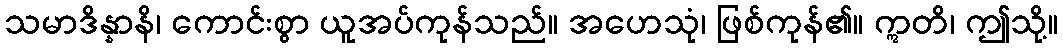
သမာဒိန္နာနိ၊ ကောင်းစွာ ယူအပ်ကုန်သည်။ အဟေသုံ၊ ဖြစ်ကုန်၏။ ဣတိ၊ ဤသို့။